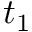
t _ { 1 }